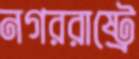
নগররাষ্ট্রে